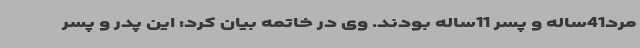
مرد41ساله و پسر 11ساله بودند. وی در خاتمه بیان کرد: این پدر و پسر